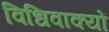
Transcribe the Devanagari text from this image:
विधिवाक्यों